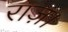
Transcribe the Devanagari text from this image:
राज़।